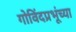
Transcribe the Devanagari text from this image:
गोविंदप्रभूंच्या